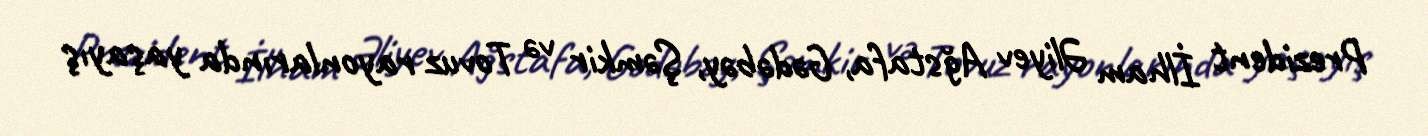
Prezident İlham Əliyev Ağstafa, Gədəbəy, Şəmkir və Tovuz rayonlarında yaşayış